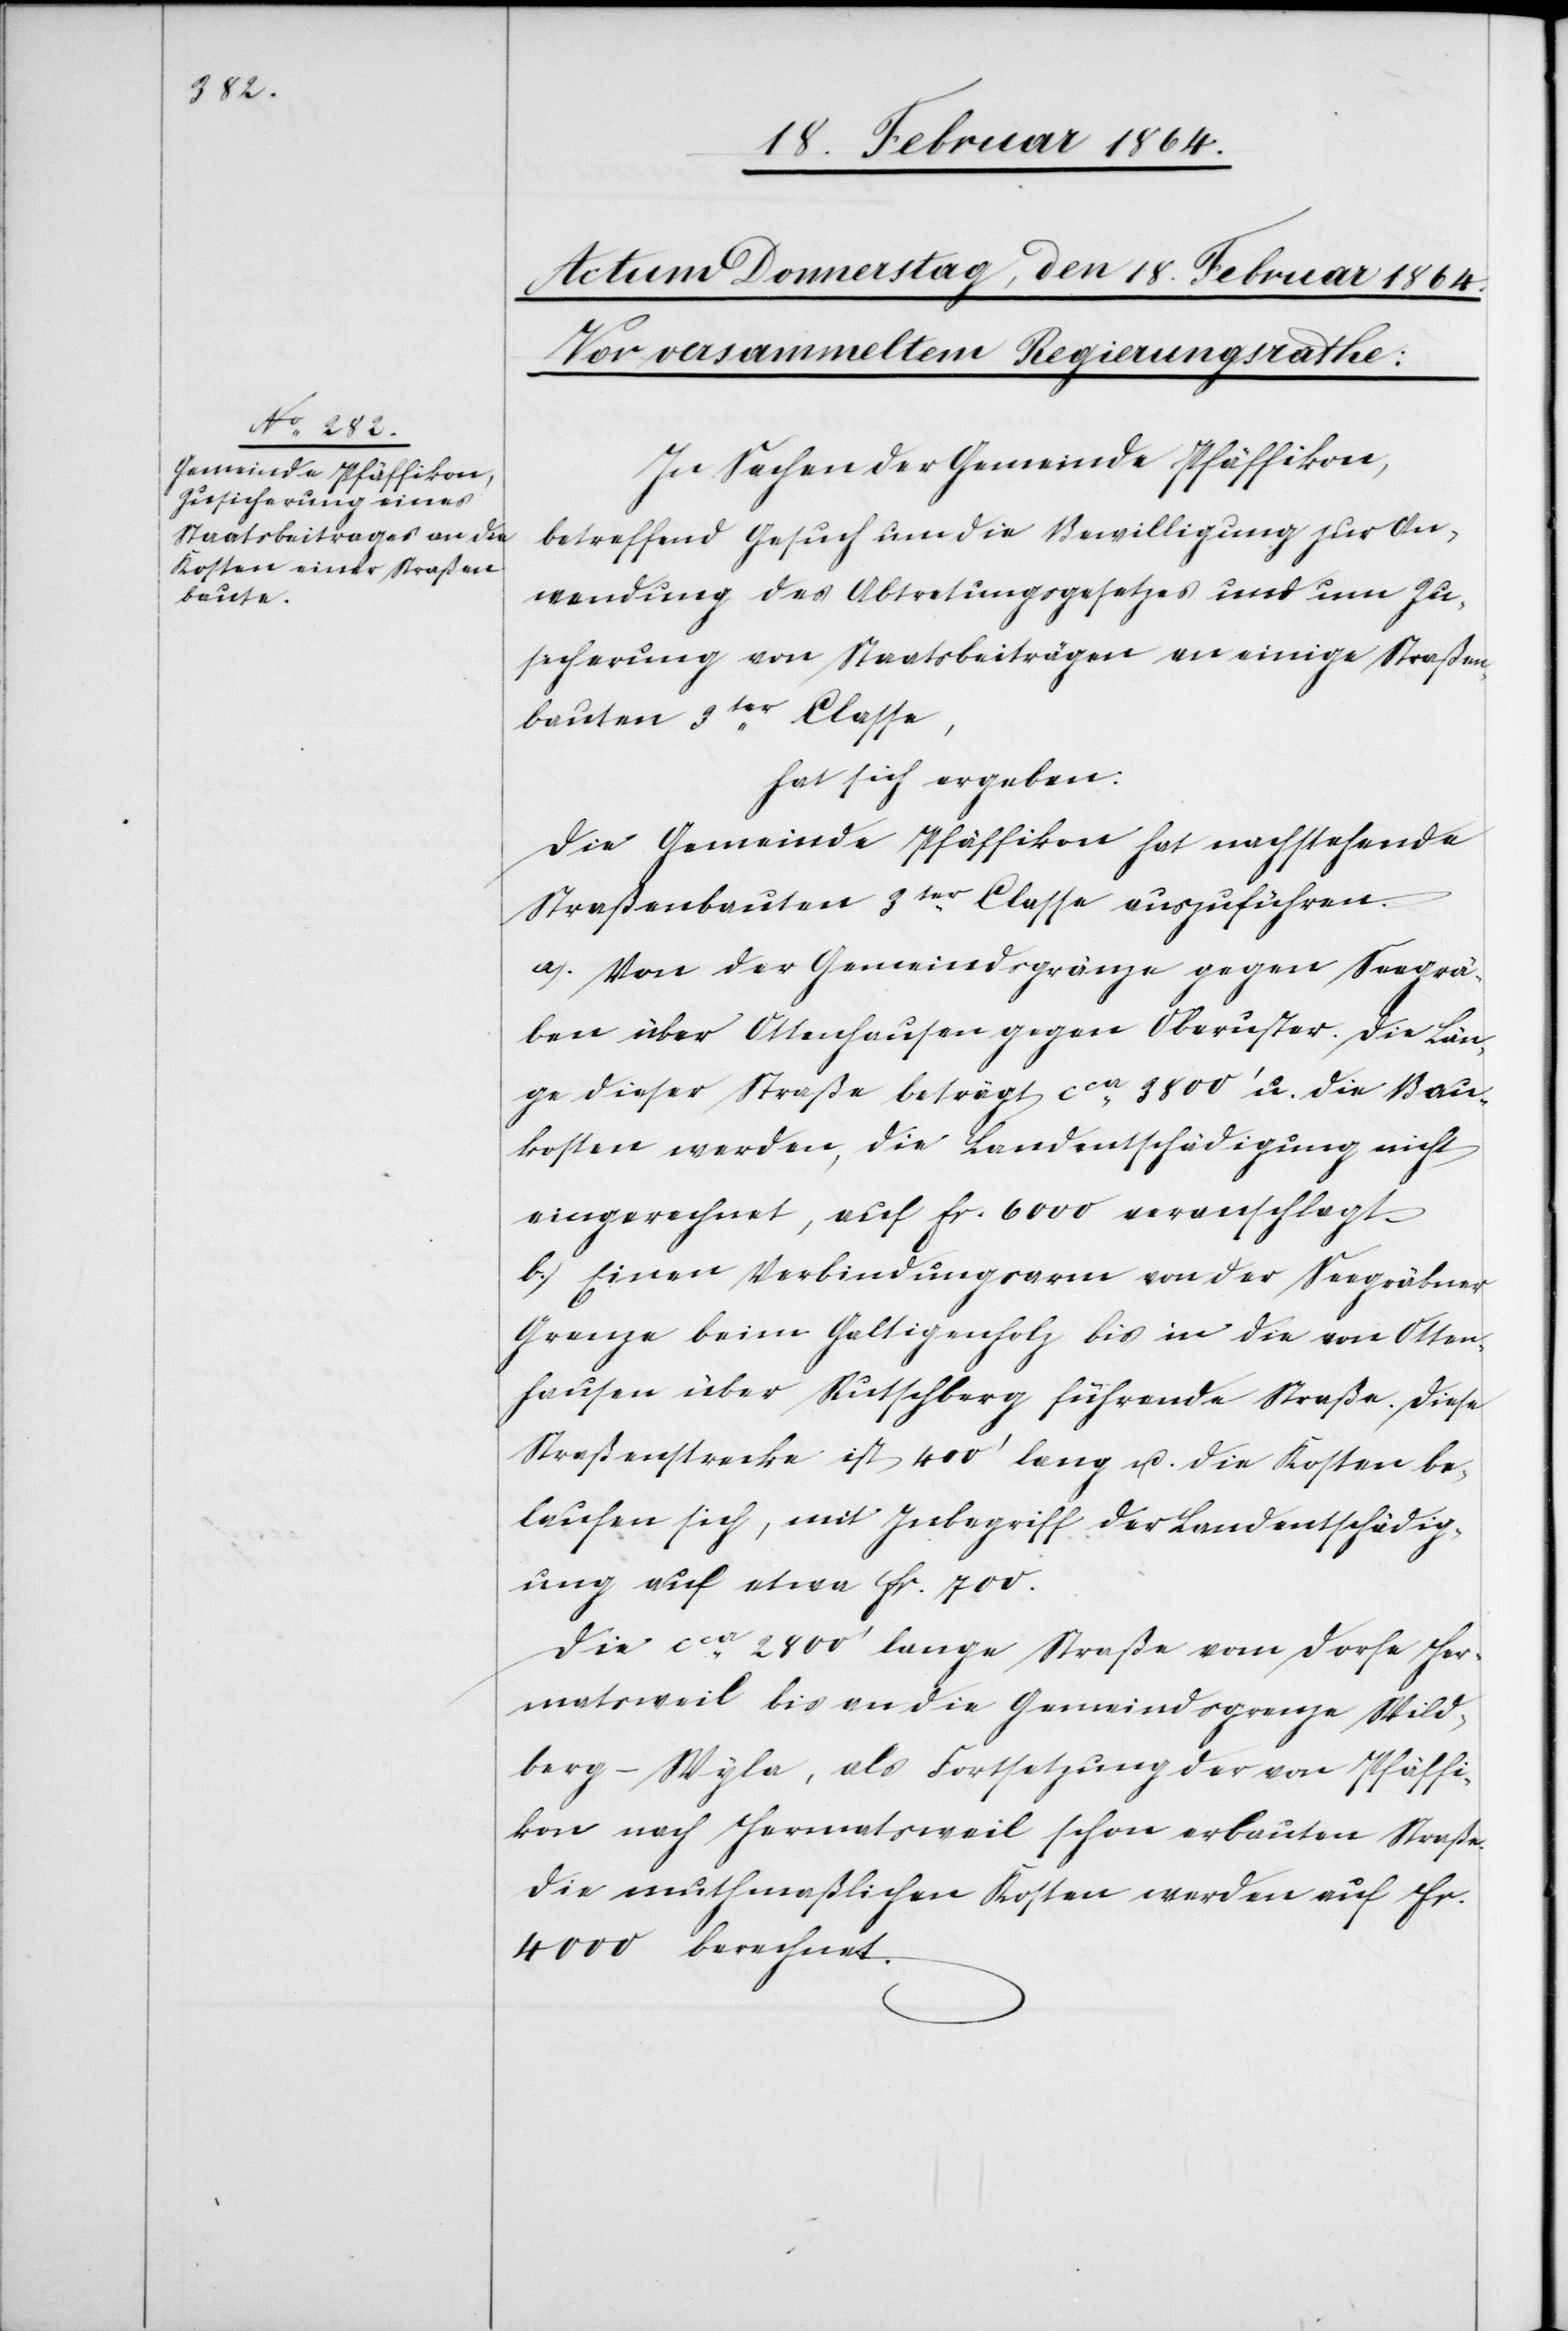
In Sachen der Gemeinde Pfäffikon,
betreffend Gesuch um die Bewilligung zur An¬
wendung des Abtretungsgesetzes und um Zu¬
sicherung von Staatsbeiträgen an einige Straßen¬
bauten 3ter Classe,
hat sich ergeben:
Die Gemeinde Pfäffikon hat nachstehende
Straßenbauten 3ter Classe auszuführen.
a.) Von der Gemeindsgränze gegen Seegrä¬
ben über Ottenhausen gegen Oberuster. Die Län¬
ge dieser Straße beträgt cca 3800’ u. die Bau¬
kosten werden, die Landentschädigung nicht
eingerechnet, auf fr. 6000 veranschlagt.
b.) Einen Verbindungsarm von der Seegräbner
Grenze beim Galtigenholz bis in die von Otten¬
hausen über Rutschberg führende Straße. Diese
Straßenstrecke ist 400’ lang u. die Kosten be¬
laufen sich, mit Inbegriff der Landentschädig¬
ung auf etwa fr. 700.
Die cca 2800’ lange Straße vom Dorfe Her¬
matsweil bis an die Gemeindsgrenze Wild¬
berg-Wyla, als Fortsetzung der von Pfäffi¬
kon nach Hermatsweil schon erbauten Straße.
Die muthmaßlichen Kosten werden auf fr.
4000 berechnet.